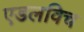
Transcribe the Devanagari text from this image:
एडलविच